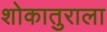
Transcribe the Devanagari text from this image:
शोकातुराला